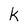
Character: k